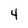
Character: 4